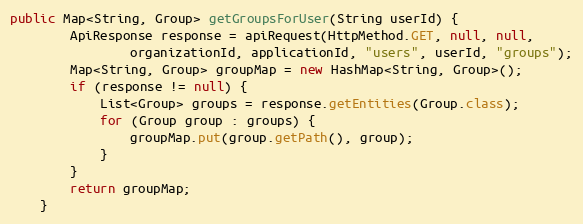
Language: Java
public Map<String, Group> getGroupsForUser(String userId) {
        ApiResponse response = apiRequest(HttpMethod.GET, null, null,
                organizationId, applicationId, "users", userId, "groups");
        Map<String, Group> groupMap = new HashMap<String, Group>();
        if (response != null) {
            List<Group> groups = response.getEntities(Group.class);
            for (Group group : groups) {
                groupMap.put(group.getPath(), group);
            }
        }
        return groupMap;
    }